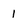
Character: 1